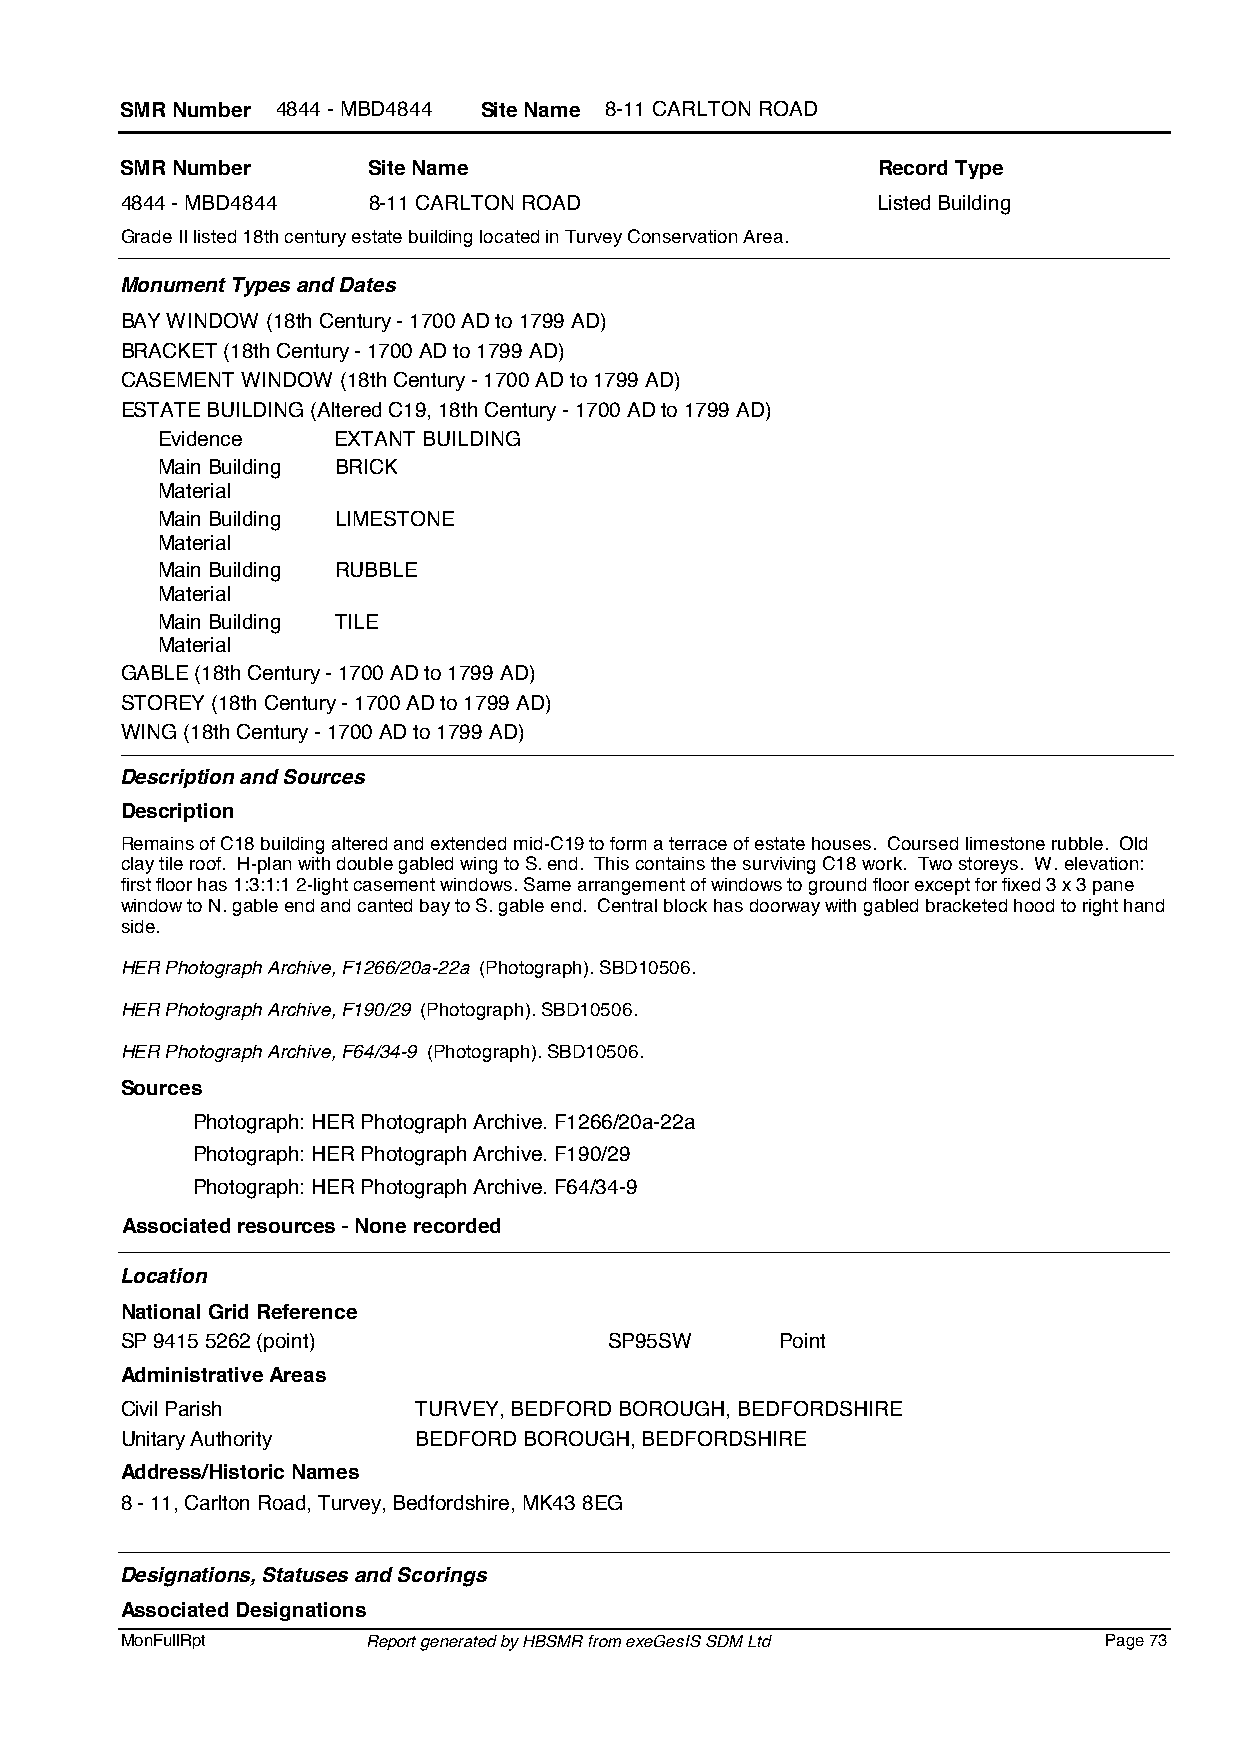
SMR Number 4844 - MBD4844 Site Name 8-11 CARLTON ROAD
 SMR Number      Site Name                         Record Type
 4844 - MBD4844  8-11 CARLTON ROAD                 Listed Building
 Grade II listed 18th century estate building located in Turvey Conservation Area.
 Monument Types and Dates
 BAY WINDOW (18th Century - 1700 AD to 1799 AD)
 BRACKET (18th Century - 1700 AD to 1799 AD)
 CASEMENT WINDOW (18th Century - 1700 AD to 1799 AD)
 ESTATE BUILDING (Altered C19, 18th Century - 1700 AD to 1799 AD)
 Evidence    EXTANT BUILDING
 Main Building BRICK
 Material
 Main Building LIMESTONE
 Material
 Main Building RUBBLE
 Material
 Main Building TILE
 Material
 GABLE (18th Century - 1700 AD to 1799 AD)
 STOREY (18th Century - 1700 AD to 1799 AD)
 WING (18th Century - 1700 AD to 1799 AD)
 Description and Sources
 Description
 Remains of C18 building altered and extended mid-C19 to form a terrace of estate houses. Coursed limestone rubble. Old
 clay tile roof. H-plan with double gabled wing to S. end. This contains the surviving C18 work. Two storeys. W. elevation:
 first floor has 1:3:1:1 2-light casement windows. Same arrangement of windows to ground floor except for fixed 3 x 3 pane
 window to N. gable end and canted bay to S. gable end. Central block has doorway with gabled bracketed hood to right hand
 side.
 HER Photograph Archive, F1266/20a-22a (Photograph). SBD10506.
 HER Photograph Archive, F190/29 (Photograph). SBD10506.
 HER Photograph Archive, F64/34-9 (Photograph). SBD10506.
 Sources
 Photograph: HER Photograph Archive. F1266/20a-22a
 Photograph: HER Photograph Archive. F190/29
 Photograph: HER Photograph Archive. F64/34-9
 Associated resources - None recorded
 Location
 National Grid Reference
 SP 9415 5262 (point)            SP95SW      Point
 Administrative Areas
 Civil Parish        TURVEY, BEDFORD BOROUGH, BEDFORDSHIRE
 Unitary Authority   BEDFORD BOROUGH, BEDFORDSHIRE
 Address/Historic Names
 8 - 11, Carlton Road, Turvey, Bedfordshire, MK43 8EG
 Designations, Statuses and Scorings
 Associated Designations
 MonFullRpt      Report generated by HBSMR from exeGesIS SDM Ltd  Page 73